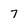
Character: 7